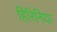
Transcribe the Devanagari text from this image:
हिरिनिया